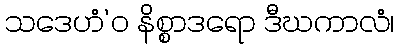
သဒေဟံ’ဝ နိစ္စာဒရော ဒီဃကာလံ၊